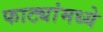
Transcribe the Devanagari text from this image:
फाट्यांमध्ये